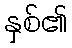
နှစ်၏